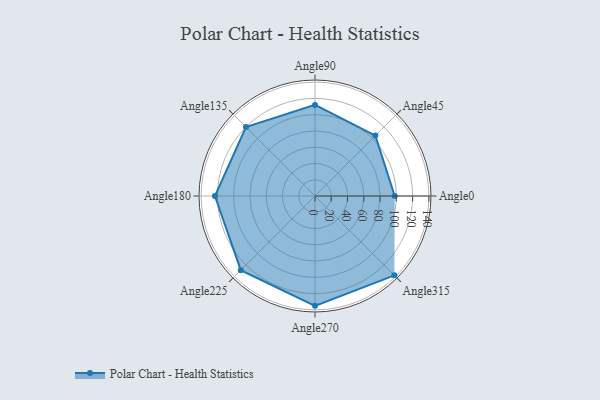
{"axis": {"x": "Angle", "y": "Radius"}, "legend": [""], "data": [{"x": "Angle0", "y": 98.0, "type": ""}, {"x": "Angle45", "y": 105.0, "type": ""}, {"x": "Angle90", "y": 112.0, "type": ""}, {"x": "Angle135", "y": 120.0, "type": ""}, {"x": "Angle180", "y": 123.0, "type": ""}, {"x": "Angle225", "y": 129.0, "type": ""}, {"x": "Angle270", "y": 135.0, "type": ""}, {"x": "Angle315", "y": 138.0, "type": ""}]}